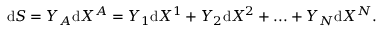
\begin{array} { r } { \mathrm { d } S = Y _ { A } \mathrm { d } X ^ { A } = Y _ { 1 } \mathrm { d } X ^ { 1 } + Y _ { 2 } \mathrm { d } X ^ { 2 } + . . . + Y _ { N } \mathrm { d } X ^ { N } . } \end{array}